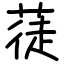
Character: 蓗